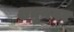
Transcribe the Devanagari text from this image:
शत्रुनगर